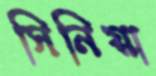
সিনিয়া